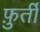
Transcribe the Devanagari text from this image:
फ़ुर्ती